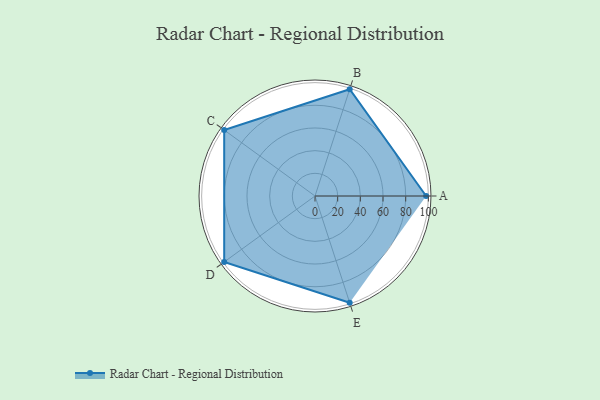
{"axis": {"x": "Skill", "y": "Score"}, "legend": ["Profile"], "data": [{"x": "A", "y": 98.0, "type": "Profile"}, {"x": "B", "y": 99, "type": "Profile"}, {"x": "C", "y": 99, "type": "Profile"}, {"x": "D", "y": 99, "type": "Profile"}, {"x": "E", "y": 99, "type": "Profile"}]}